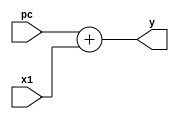
module cla32 (pc,x1,y);
   input [31:0] pc;
   input [31:0] x1;
   
   output [31:0] y;
   
   assign y = pc + x1;   
   
endmodule